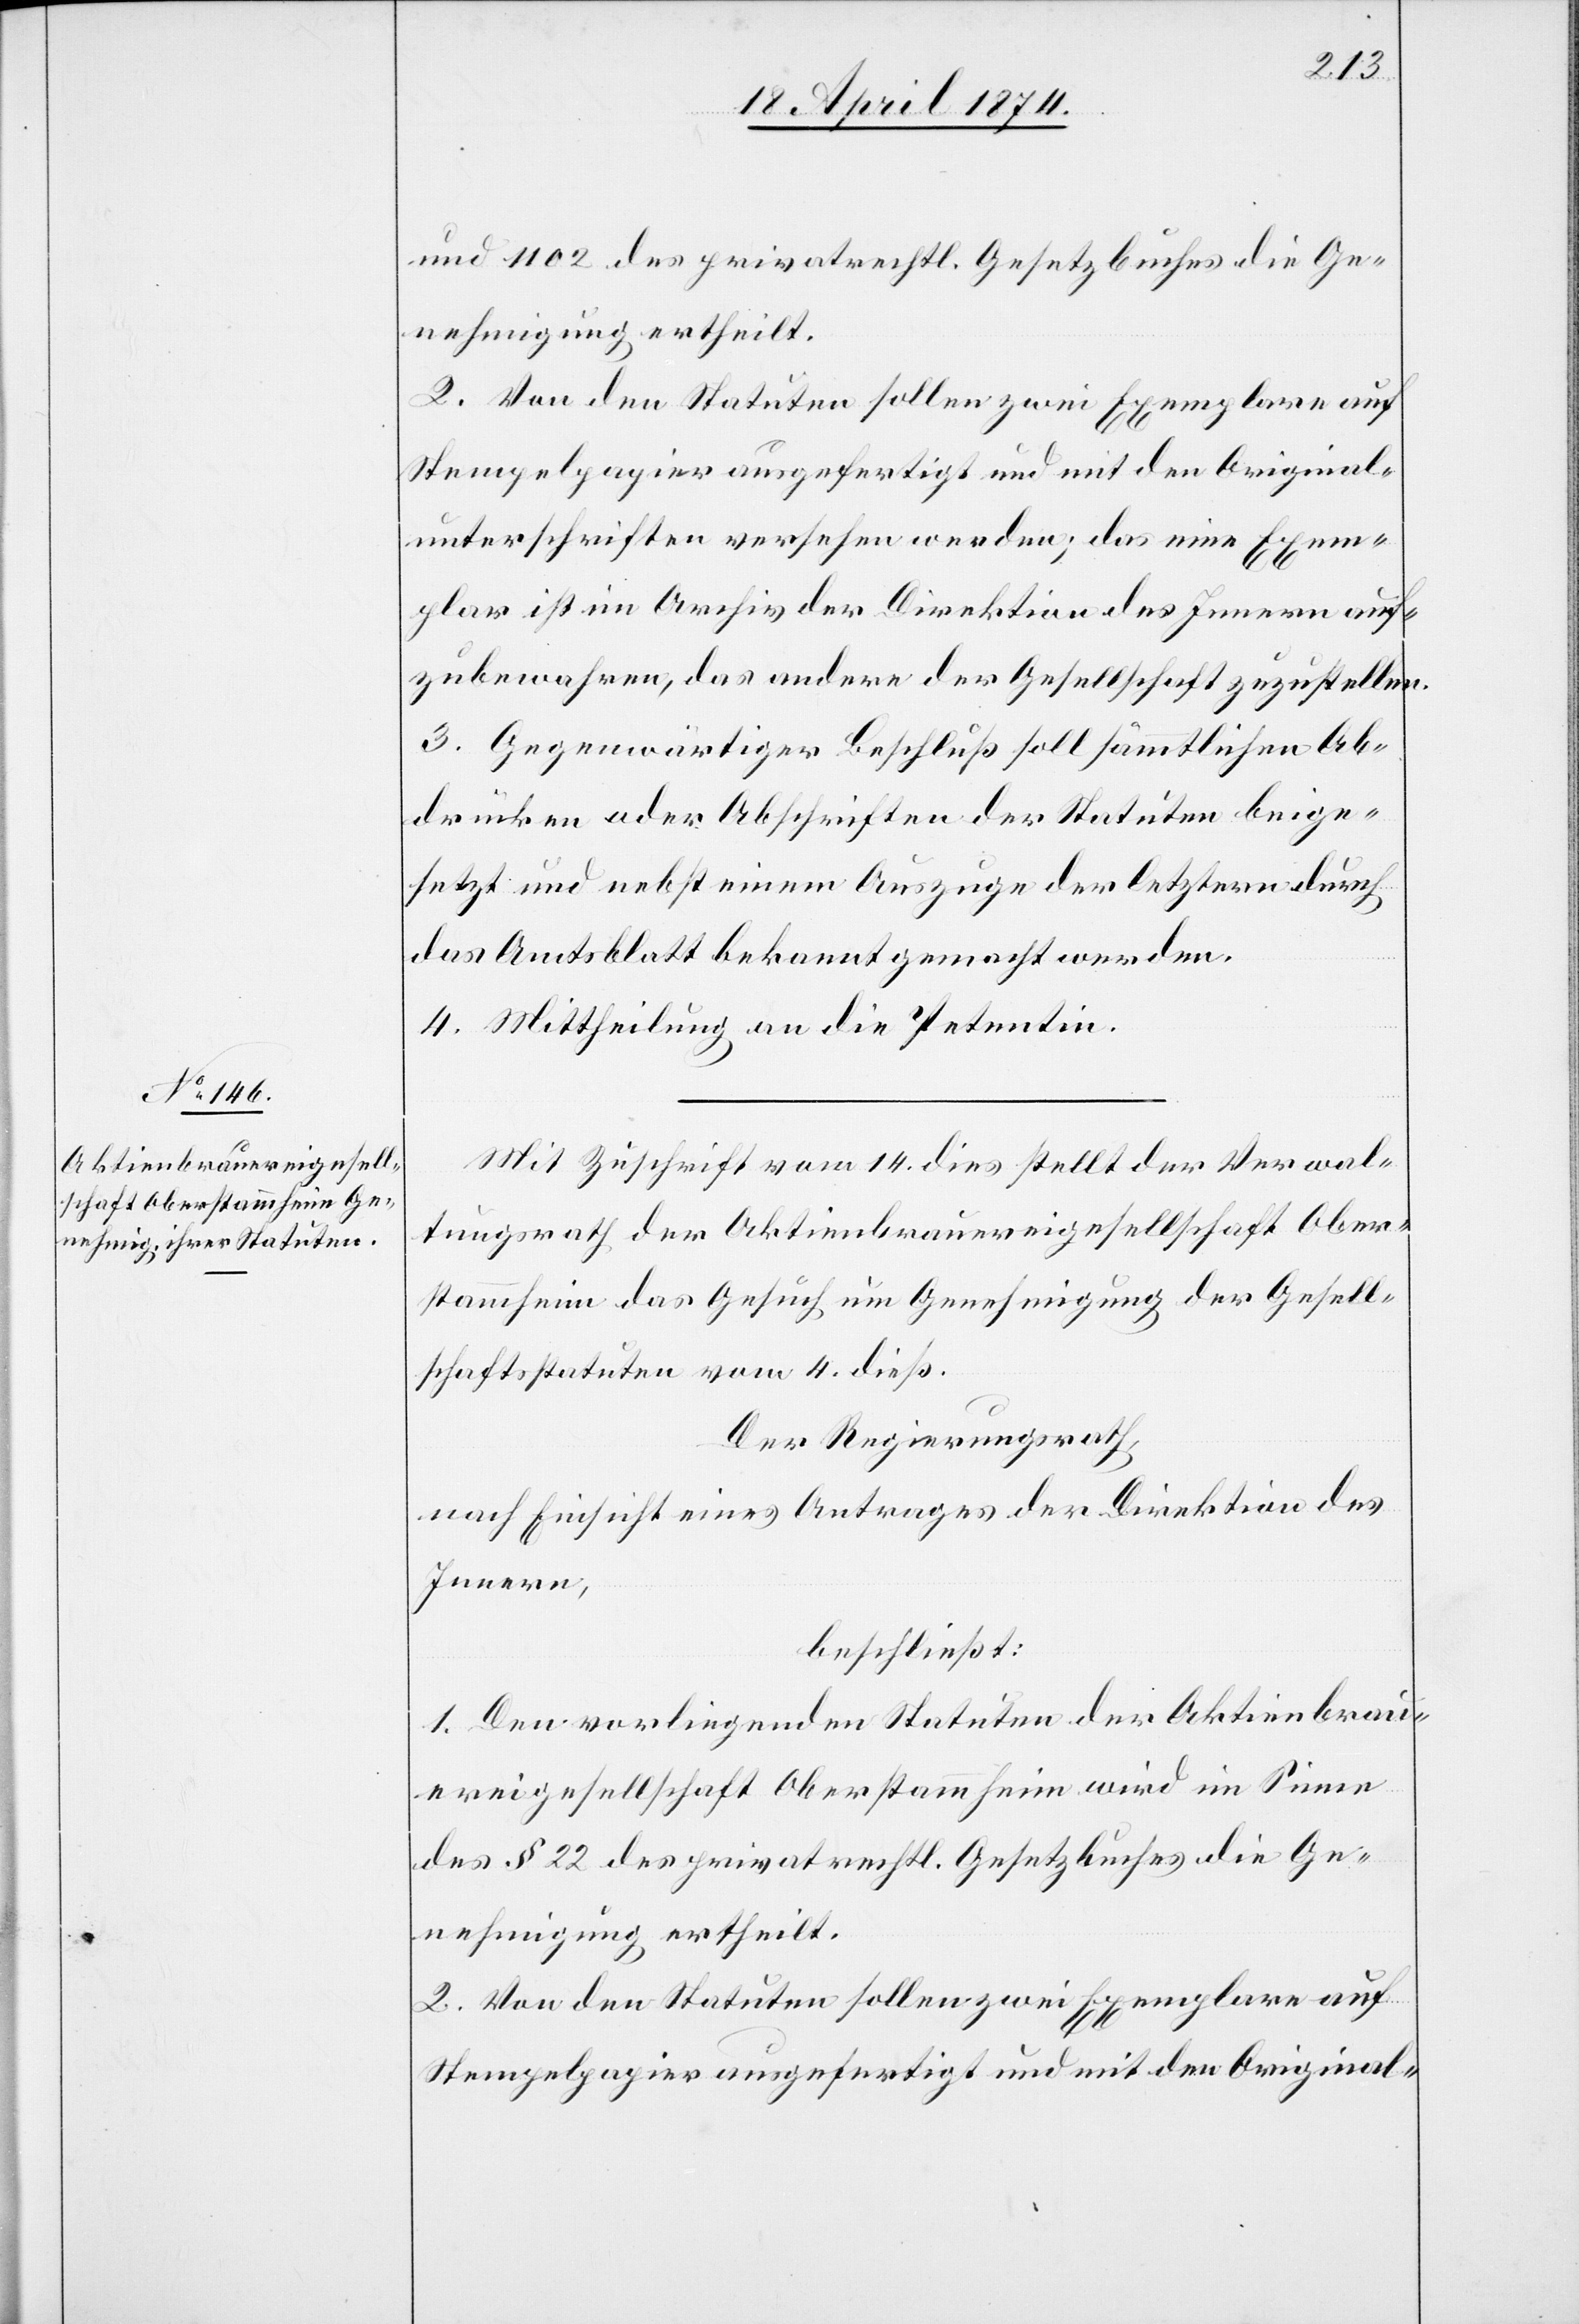
und 1102 des privatrechtl. Gesetzbuches die Ge¬
nehmigung ertheilt.
2. Von den Statuten sollen zwei Exemplare auf
Stempelpapier ausgefertigt und mit den Original-
unterschriften versehen werden; das eine Exem¬
plar ist im Archiv der Direktion des Innern auf¬
zubewahren, das andere der Gesellschaft zuzustellen.
3. Gegenwärtiger Beschluß soll sämtlichen Ab¬
drücken oder Abschriften der Statuten beige¬
setzt und nebst einem Auszuge der letztern durch
das Amtsblatt bekannt gemacht werden.
4. Mittheilung an die Petentin.
Mit Zuschrift vom 14. dies stellt der Verwal¬
tungsrath der Aktienbrauereigesellschaft Ober¬
stammheim das Gesuch um Genehmigung der Gesell¬
schaftsstatuten vom 4. dieß.
Der Regierungsrath,
nach Einsicht eines Antrages der Direktion des
Innern,
beschließt:
1. Den vorliegenden Statuten der Aktienbrau¬
ereigesellschaft Oberstammheim wird im Sinne
des § 22 des privatrechtl. Gesetzbuches die Ge¬
nehmigung ertheilt.
2. Von den Statuten sollen zwei Exemplare auf